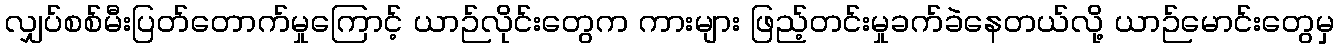
လျှပ်စစ်မီးပြတ်တောက်မှုကြောင့် ယာဉ်လိုင်းတွေက ကားများ ဖြည့်တင်းမှုခက်ခဲနေတယ်လို့ ယာဉ်မောင်းတွေမှ